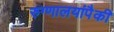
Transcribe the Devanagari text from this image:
रुग्णालयांपैकी